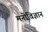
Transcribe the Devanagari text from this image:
मनोविज्ञान